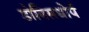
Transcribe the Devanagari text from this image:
डोनिसथोर्प